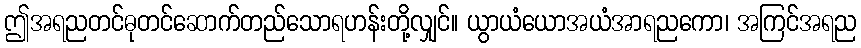
ဤအရညတင်ဓုတင်ဆောက်တည်သောရဟန်းတို့လျှင်။ ယွာယံယောအယံအာရညကော၊ အကြင်အရည